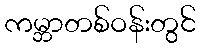
ကမ္ဘာတစ်ဝန်းတွင်